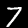
Label: 7